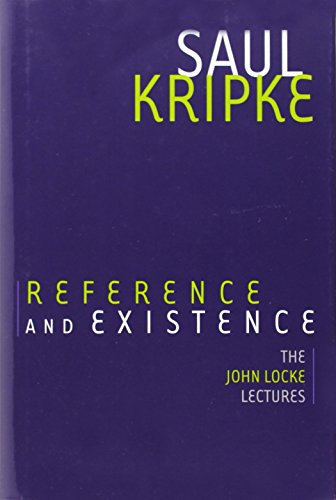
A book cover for Reference and Existence: The John Locke Lectures; Saul A. Kripke; Politics & Social Sciences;